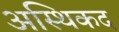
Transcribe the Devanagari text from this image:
अस्थिकद